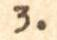
3.